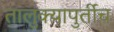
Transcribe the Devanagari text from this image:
तालुक्यापुर्तीच